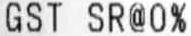
GST SR@0%